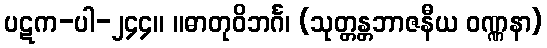
ပဋက-ပါ-၂၄၄။ ။ဓာတုဝိဘင်္ဂ၊ (သုတ္တန္တဘာဇနီယ ဝဏ္ဏနာ)